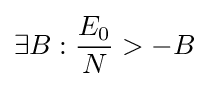
\exists B:{\frac {E_{0}}{N}}>-B